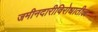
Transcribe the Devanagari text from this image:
जमीनदारीविरोधातील